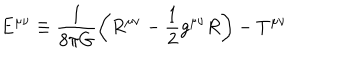
E ^ { \mu \nu } \equiv \frac { 1 } { 8 \pi G } \left( R ^ { \mu \nu } - \frac { 1 } { 2 } g ^ { \mu \nu } R \right) - T ^ { \mu \nu }